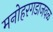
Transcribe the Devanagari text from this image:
मनोहरगडाजवळ